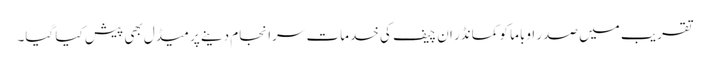
تقریب میں صدر اوباما کو کمانڈر ان چیف کی خدمات سرانجام دینے پر میڈل بھی پیش کیا گیا۔